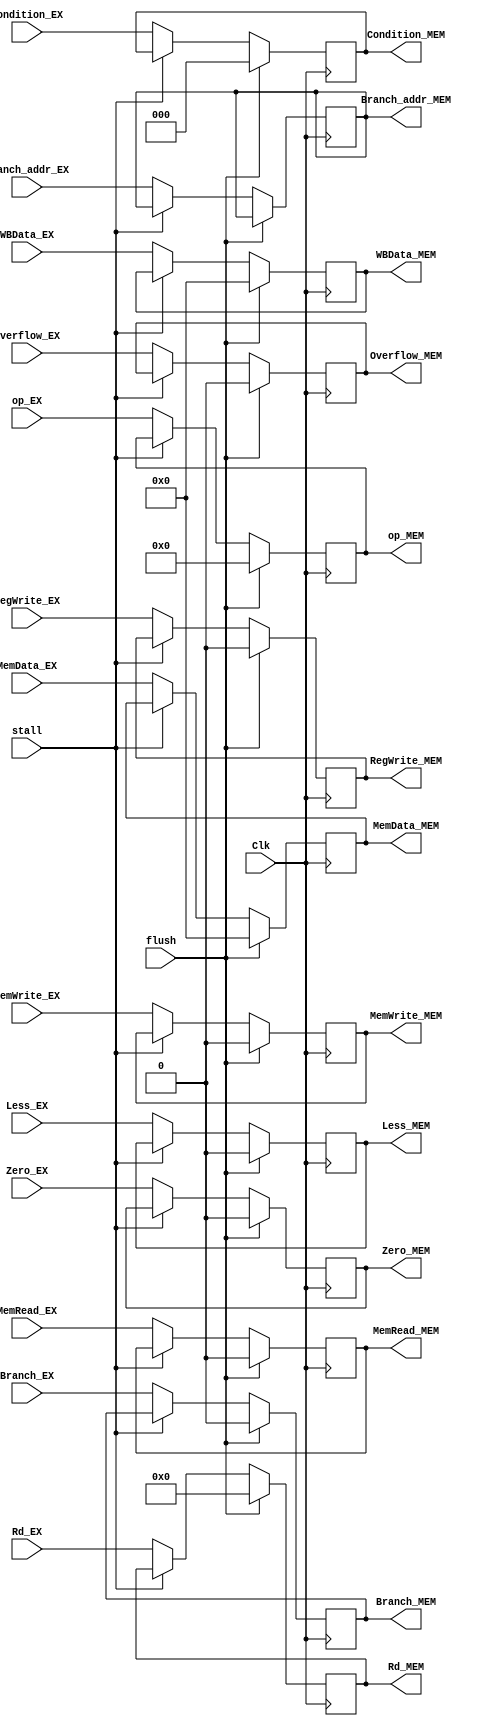
module EX_MEM_2(
input Clk,
input stall,
input flush,
input [31:0]Branch_addr_EX,
input [5:0]op_EX,
input [2:0]Condition_EX,
input Branch_EX,
input MemWrite_EX,
input RegWrite_EX,
input MemRead_EX,
input [31:0]MemData_EX,
input [31:0]WBData_EX,
input Less_EX,
input Zero_EX,
input Overflow_EX,
input [4:0]Rd_EX,
output reg [31:0]Branch_addr_MEM,
output reg [5:0]op_MEM,
output reg [2:0]Condition_MEM,
output reg Branch_MEM,
output reg MemWrite_MEM,		
output reg RegWrite_MEM,
output reg MemRead_MEM,
output reg [31:0]MemData_MEM,
output reg [31:0]WBData_MEM,
output reg Less_MEM,
output reg Zero_MEM,
output reg Overflow_MEM,
output reg [4:0]Rd_MEM
);
initial
begin
Branch_addr_MEM=32'b0;
op_MEM=6'b0;
Condition_MEM=3'b0;
Branch_MEM=0;
MemWrite_MEM=0;		
RegWrite_MEM=0;
MemRead_MEM=0;
MemData_MEM=2'b0;
WBData_MEM=32'b0;
Less_MEM=0;
Zero_MEM=0;
Overflow_MEM=0;
Rd_MEM=5'b0;
end
always @(negedge Clk)begin
	if(flush)begin
		op_MEM <= 0;
		Condition_MEM <= 0;
		Branch_MEM <= 0;
		MemWrite_MEM <= 0;
		RegWrite_MEM <= 0;
		MemRead_MEM <= 0;
		MemData_MEM <= 0;
		WBData_MEM <= 0;
		Less_MEM <= 0;
		Zero_MEM <= 0;
		Overflow_MEM <= 0;
		Rd_MEM <= 0;	
	end
	else if(!stall)begin
		Branch_addr_MEM <= Branch_addr_EX;
		op_MEM <= op_EX;
		Condition_MEM <= Condition_EX;
		Branch_MEM <= Branch_EX;
		MemWrite_MEM <= MemWrite_EX;
		RegWrite_MEM <= RegWrite_EX;
		MemRead_MEM <= MemRead_EX;
		MemData_MEM <= MemData_EX;
		WBData_MEM <= WBData_EX;
		Less_MEM <= Less_EX;
		Zero_MEM <= Zero_EX;
		Overflow_MEM <= Overflow_EX;
		Rd_MEM <= Rd_EX;
	end
end
endmodule